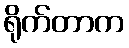
ရိုက်တာက